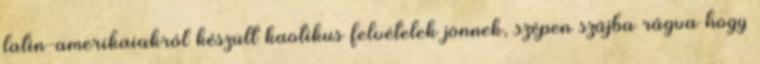
latin-amerikaiakról készült kaotikus felvételek jönnek, szépen szájba rágva hogy